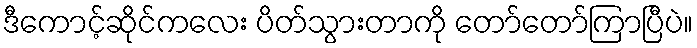
ဒီကောင့်ဆိုင်ကလေး ပိတ်သွားတာကို တော်တော်ကြာပြီပဲ။